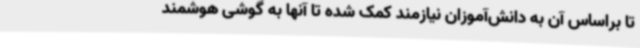
تا براساس آن به دانش‌آموزان نیازمند کمک شده تا آنها به گوشی هوشمند